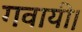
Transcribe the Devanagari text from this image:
गवायी।